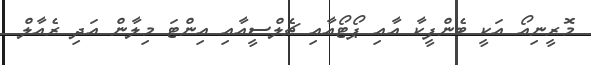
މޮރީނިއޯ އަކީ ބެންފީކާ އާއި ޕޯޓޯއާއި ޗެލްސީއާއި އިންޓަ މިލާން އަދި ރެއާލް